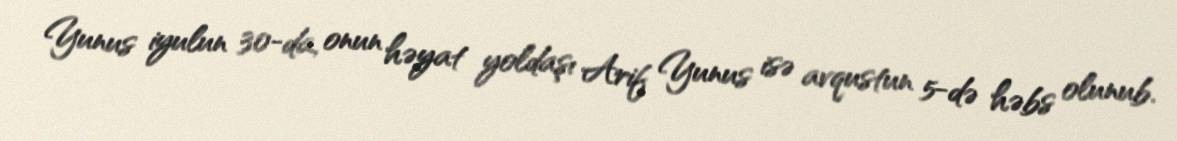
Yunus iyulun 30-da, onun həyat yoldaşı Arif Yunus isə avqustun 5-də həbs olunub.